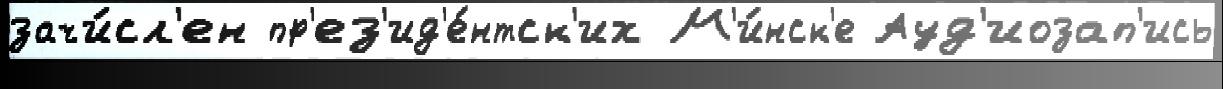
зачи́сл'ен пр'ез'ид'е́нтск'их М'и́нск'е Ауд'иозап'ись